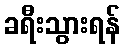
ခရီးသွားရန်